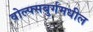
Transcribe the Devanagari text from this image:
वोल्फ्सबुर्गमधील